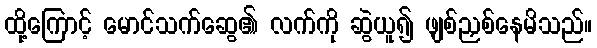
ထို့ကြောင့် မောင်သက်ဆွေ၏ လက်ကို ဆွဲယူ၍ ဖျစ်ညှစ်နေမိသည်။